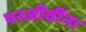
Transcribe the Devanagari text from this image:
परजीवींना